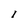
Character: l